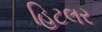
હિટલર